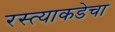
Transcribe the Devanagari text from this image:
रस्त्याकडेचा